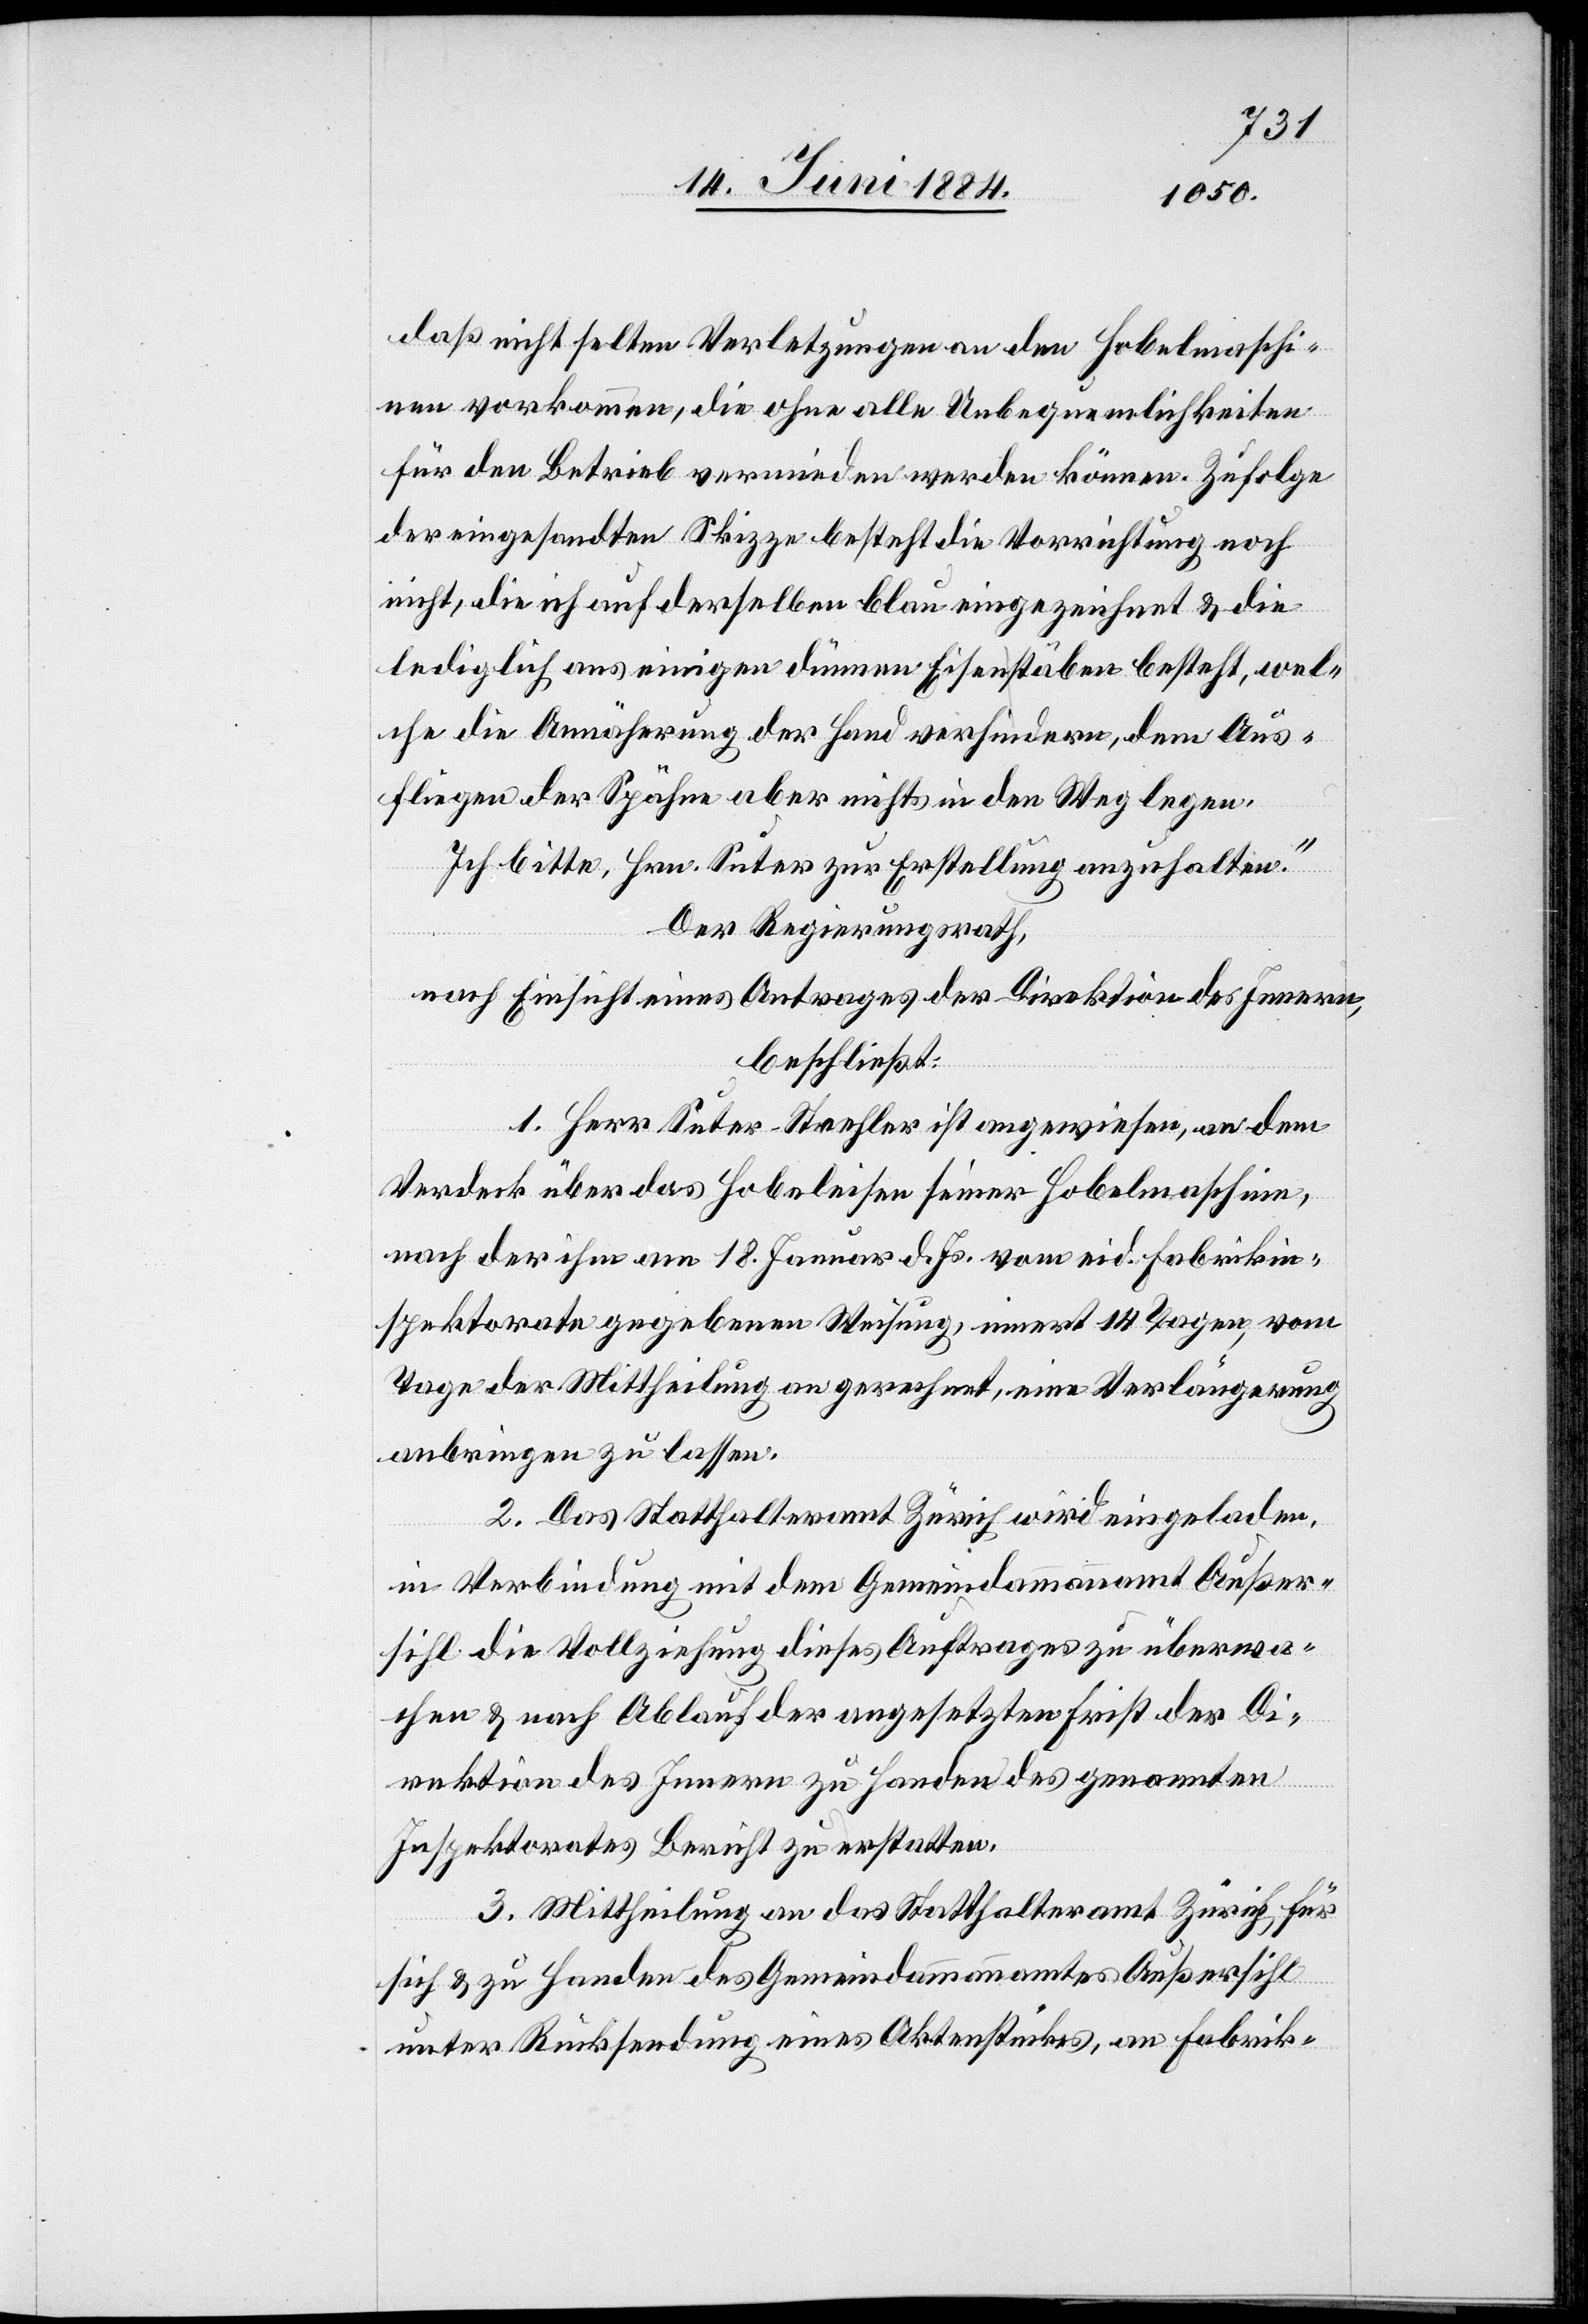
daß nicht selten Verletzungen an den Hobelmaschi¬
nen vorkommen, die ohne alle Unbequemlichkeiten
für den Betrieb vermieden werden können. Zufolge
der eingesandten Skizze besteht die Vorrichtung noch
nicht, die ich auf derselben blau eingezeichnet & die
lediglich aus einigen dünnen Eisenstäben besteht, wel¬
che die Annäherung der Hand verhindern, dem Aus¬
fliegen der Spähne aber nichts in den Weg legen.
Ich bitte, Hrn. Suter zur Erstellung anzuhalten.“
Der Regierungsrath,
nach Einsicht eines Antrages der Direktion des Innern,
beschließt:
1. Herr Suter-Strehler ist angewiesen, an dem
Verdeck über das Hobeleisen seiner Hobelmaschine,
nach der ihm am 18. Januar d. Js. vom eid. Fabrikin¬
spektor gegebenen Weisung, innert 14 Tagen, vom
Tage der Mittheilung an gerechnet, eine Verlängerung
anbringen zu lassen.
2. Das Statthalteramt Zürich wird eingeladen,
in Verbindung mit dem Gemeindeammannamt Außer¬
sihl die Vollziehung dieses Auftrages zu überwa¬
chen & nach Ablauf der angesetzten Frist der Di¬
rektion des Innern zu Handen des genannten
Inspektorates Bericht zu erstatten.
3. Mittheilung an das Statthalteramt Zürich für
sich & zu Handen des Gemeindammannamtes Außersihl
unter Rücksendung eines Aktenstückes, an Fabrik-